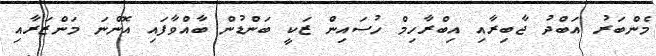
މެންބަރު އަބްދު ޖާބިރާއި އިބްރާހިމް ހުސައިން ޒަކީ ބަންޑުން ބާއްވާފައި އޮންނަ މަންޒަރާއި